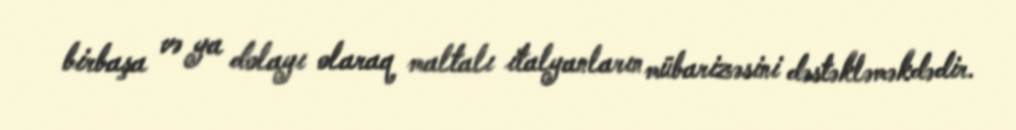
birbaşa və ya dolayı olaraq maltalı italyanların mübarizəsini dəstəkləməkdədir.